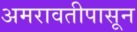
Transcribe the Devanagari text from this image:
अमरावतीपासून